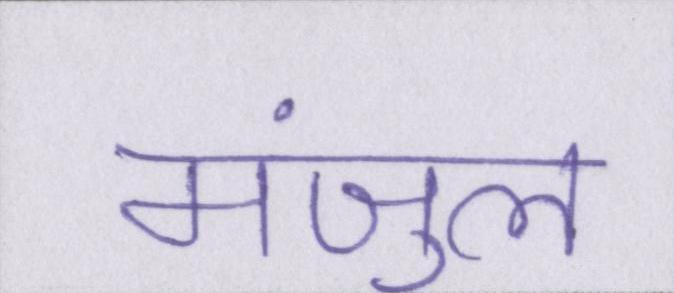
मंजुल